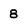
Character: 8